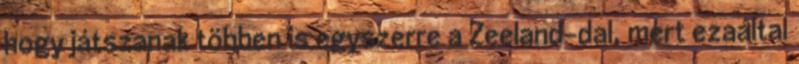
hogy játszanak többen is egyszerre a Zeeland-dal, mert ezaáltal